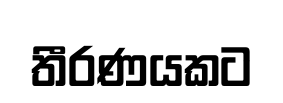
තීරණයකට